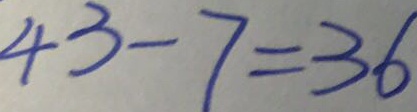
4 3 - 7 = 3 6